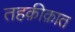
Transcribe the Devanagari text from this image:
तहक़ीक़ात